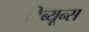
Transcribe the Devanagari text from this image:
ट्रिब्यून्स